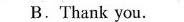
B.Thank you.